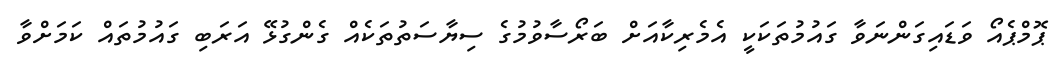
ޕޮމްޕެއޯ ވަޑައިގަންނަވާ ގައުމުތަކަކީ އެމެރިކާއަށް ބަރޯސާވުމުގެ ސިޔާސަތުތަކެއް ގެންގުޅޭ އަރަބި ގައުމުތައް ކަމަށްވާ